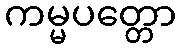
ကမ္မပတ္တော